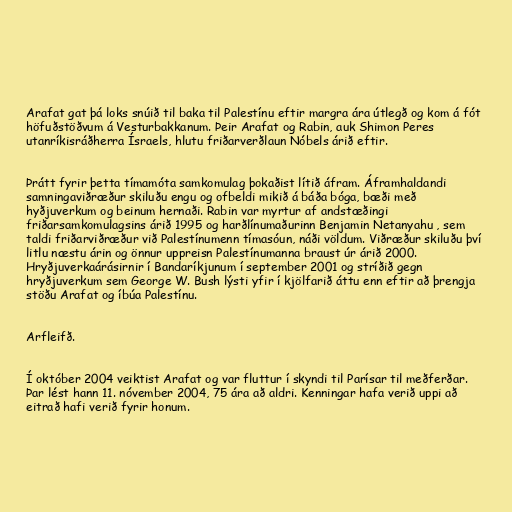
Arafat gat þá loks snúið til baka til Palestínu eftir margra ára útlegð og kom á fót
höfuðstöðvum á Vesturbakkanum. Þeir Arafat og Rabin, auk Shimon Peres
utanríkisráðherra Ísraels, hlutu friðarverðlaun Nóbels árið eftir.

Þrátt fyrir þetta tímamóta samkomulag þokaðist lítið áfram. Áframhaldandi
samningaviðræður skiluðu engu og ofbeldi mikið á báða bóga, bæði með
hyðjuverkum og beinum hernaði. Rabin var myrtur af andstæðingi
friðarsamkomulagsins árið 1995 og harðlínumaðurinn Benjamin Netanyahu , sem
taldi friðarviðræður við Palestínumenn tímasóun, náði völdum. Viðræður skiluðu því
litlu næstu árin og önnur uppreisn Palestínumanna braust úr árið 2000.
Hryðjuverkaárásirnir í Bandaríkjunum í september 2001 og stríðið gegn
hryðjuverkum sem George W. Bush lýsti yfir í kjölfarið áttu enn eftir að þrengja
stöðu Arafat og íbúa Palestínu.

Arfleifð.

Í október 2004 veiktist Arafat og var fluttur í skyndi til Parísar til meðferðar.
Þar lést hann 11. nóvember 2004, 75 ára að aldri. Kenningar hafa verið uppi að
eitrað hafi verið fyrir honum.